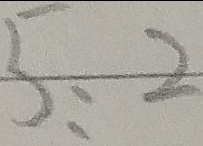
5 : 2